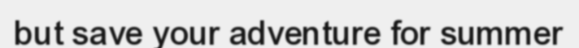
but save your adventure for summer